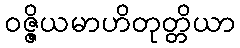
ဝဇ္ဇိယမာဟိတုတ္တိယာ